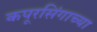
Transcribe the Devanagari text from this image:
कपूरसिंगाच्या